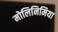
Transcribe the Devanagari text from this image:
मोलिनिमिया